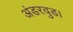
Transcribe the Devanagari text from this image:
अंडरवुड।